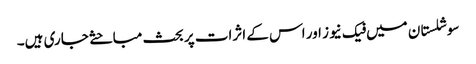
سوشلستان میں فیک نیوز اور اس کے اثرات پر بحث مباحثے جاری ہیں۔